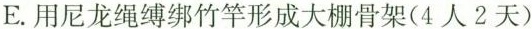
E。用尼龙绳缚绑竹竿形成大棚骨架(4人2天)